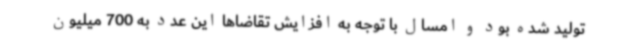
تولید شده بود و امسال با توجه به افزایش تقاضاها این عدد به 700 میلیون